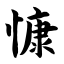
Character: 慷